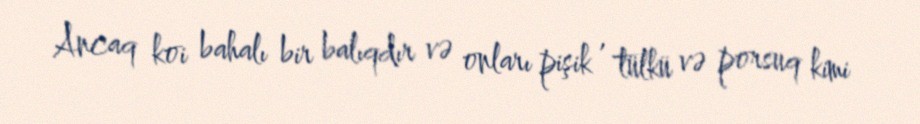
Ancaq koi bahalı bir balıqdır və onları pişik , tülkü və porsuq kimi